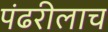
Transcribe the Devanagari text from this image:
पंढरीलाच